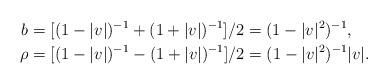
LaTeX: \begin{align*}b &=[(1-|v|)^{-1}+(1+|v|)^{-1}]/2=(1-|v|^2)^{-1},\\\rho &=[(1-|v|)^{-1}-(1+|v|)^{-1}]/2=(1-|v|^2)^{-1}|v|.\end{align*}